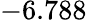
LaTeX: \mathit-6.788